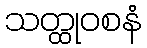
သတ္ထုဝစနံ